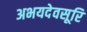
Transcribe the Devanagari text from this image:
अभयदेवसूरि